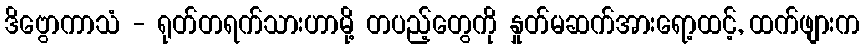
ဒိဗွောကာသံ - ရုတ်တရက်သားဟာမို့ တပည့်တွေကို နှုတ်မဆက်အားရော့ထင့်, ထက်ဖျားက